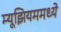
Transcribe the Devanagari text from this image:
म्यूझियममध्ये